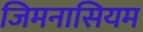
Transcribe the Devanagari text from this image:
जिमनासियम